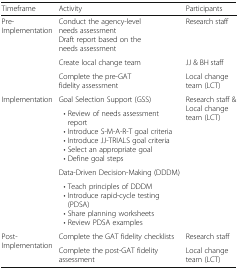
<table><thead><tr><td><b>Timeframe</b></td><td><b>Activity</b></td><td><b>Participants</b></td></tr></thead><tbody><tr><td rowspan="3">Pre-Implementation</td><td>Conduct the agency-level needs assessmentDraft report based on the needs assessment</td><td>Research staff</td></tr><tr><td>Create local change team</td><td>JJ &amp; BH staff</td></tr><tr><td>Complete the pre-GAT fidelity assessment</td><td>Local change team (LCT)</td></tr><tr><td rowspan="4">Implementation</td><td>Goal Selection Support (GSS)</td><td rowspan="4">Research staff &amp; Local change team (LCT)</td></tr><tr><td> • Review of needs assessment report • Introduce S-M-A-R-T goal criteria • Introduce JJ-TRIALS goal criteria • Select an appropriate goal • Define goal steps</td></tr><tr><td>Data-Driven Decision-Making (DDDM)</td></tr><tr><td> • Teach principles of DDDM • Introduce rapid-cycle testing (PDSA) • Share planning worksheets • Review PDSA examples</td></tr><tr><td rowspan="2">Post-Implementation</td><td>Complete the GAT fidelity checklists</td><td>Research staff</td></tr><tr><td>Complete the post-GAT fidelity assessment</td><td>Local change team (LCT)</td></tr></tbody></table>